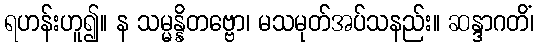
ရဟန်းဟူ၍။ န သမ္မန္နိတဗ္ဗော၊ မသမုတ်အပ်သနည်း။ ဆန္ဒာဂတိံ၊